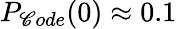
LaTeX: P_{\mathscr{C}ode}(0)\approx0.1